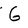
Character: G